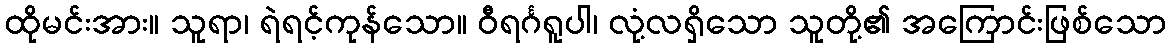
ထိုမင်းအား။ သူရာ၊ ရဲရင့်ကုန်သော။ ဝီရင်္ဂရူပါ၊ လုံ့လရှိသော သူတို့၏ အကြောင်းဖြစ်သော